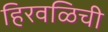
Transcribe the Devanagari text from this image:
हिरवळिची